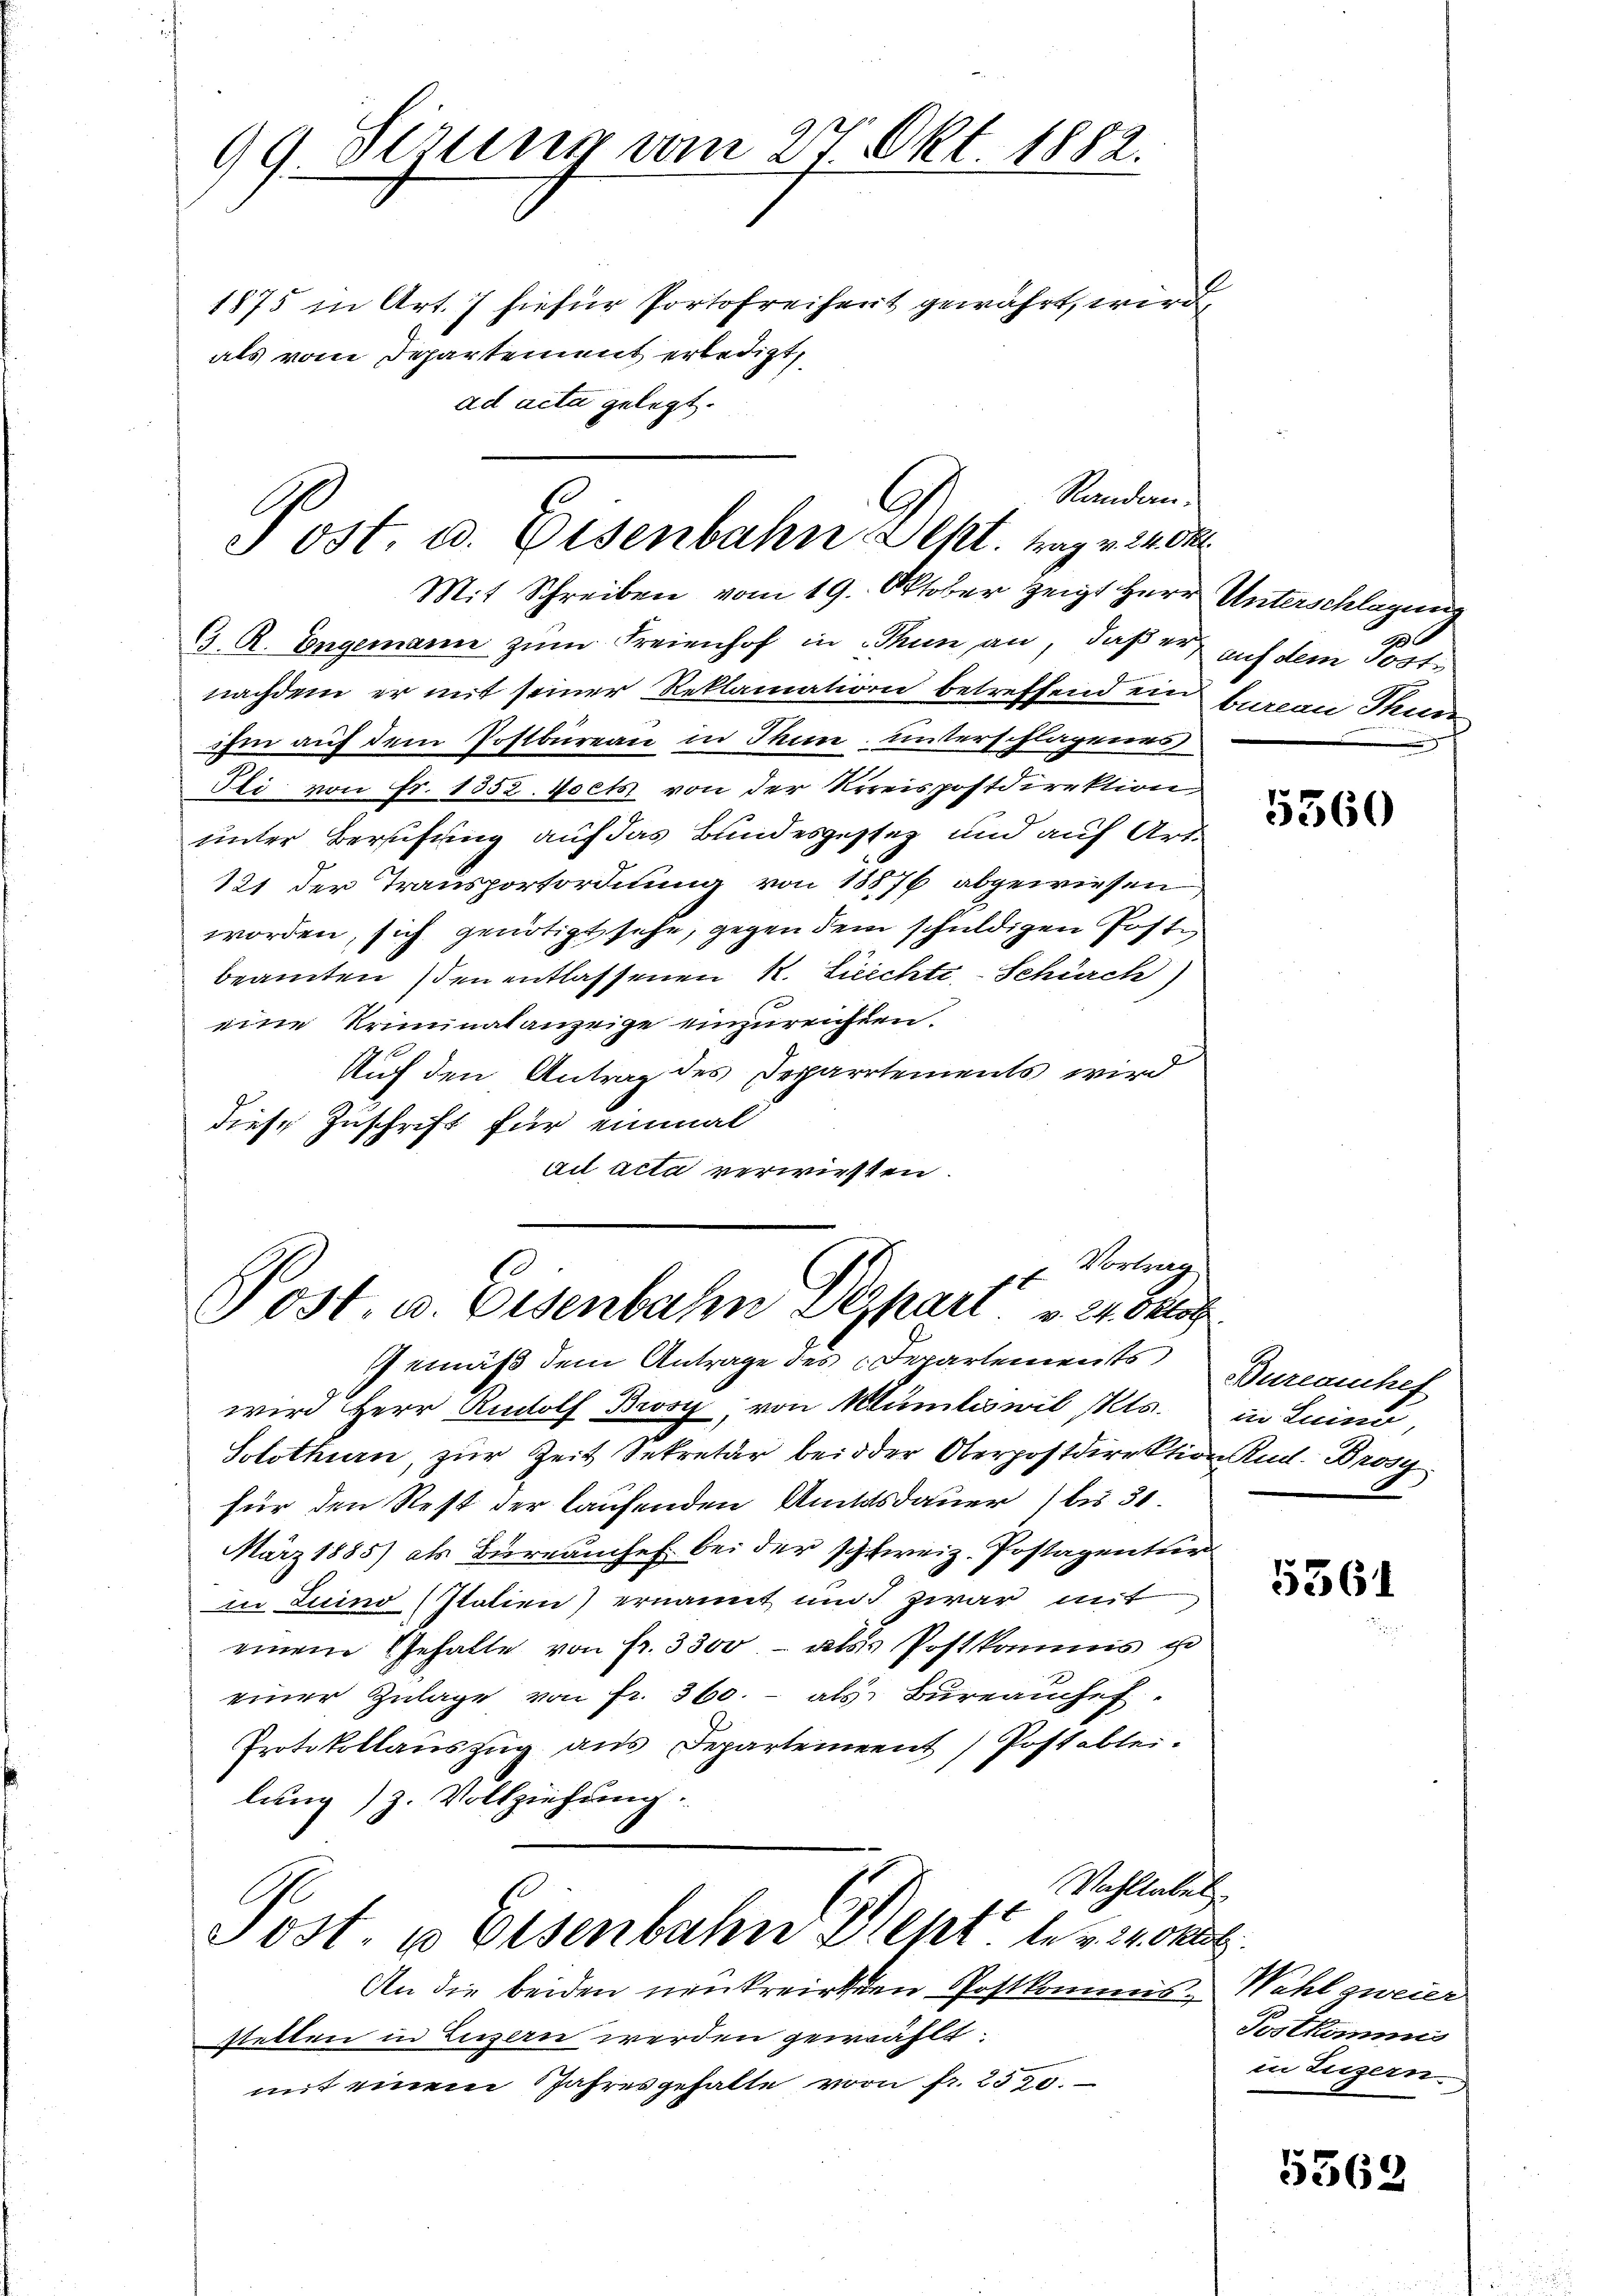
99 Stirung vom 27. Okt 1882.
1875 in Art. 7 hiefür Portofreiheit gewährt, wird,
als vom Departement erledigt,

Randan¬
C
Post. a. Eisenbahn Sept. tag v. 24 dk

x. Vortrag
.
Post. u. Eisenbahn Depart v. 24. Oktob

Mit Schreiben vom 19. Oktober zeigt Herr Unterschlagung
G. R. Engemann zum Freienhof in Thun an, daß er auf dem Postnachdem er mit seiner Reklamation betreffend ein Baron Thun
ihm auf dem Postbureau in Thun, unterschlagenes
Fli von Fr. 1352. Noch von der Kreispostdirektion,
unter Berufung auf das Bundesgestez und auf Art.
121 der Transportordnung von 18576 abgewiesen
worden, sich genötigt sehe, gegen dem schuldigen Postbeamten den entlassenen R. Ziechte, Schürch)
eine Kriminalanzeige einzureichten.
Auf den Antrag des Departements wird
diese Zuschrift für einmal
ai acta verwirsten

ad acta gelegt.

Gemäß dem Antrage des Departements Bureauchef
wird Herr Rudolf Brosy, von Klümleswil, Kts. in Luino,
Solothurn, zur Zeit Sekretär bei der Oberpostdirektion Rud. Brosy
für den Rest der laufenden Amtsdauer) bis 31.
März 1885) als Büreauchef bei der schweiz. Postagentur
in Luino (Italien) ernannt und zwar mit
einem Gehalte von fr. 3300.- als Postkamms u
einer Zŭlage von fr. 360.- als Büreaŭchef
Protokollauszug aus Departement) Postablei
lung) z. Vollziehung.
Vohllabel.
C
Sost. u Eisenbahn Weht der 24 Okt.
An die beiden neukreisten Postkommis-Wahl zweier
stetten in Luzern werden gewählt.
mit einem Jahresgehalte vom fr. 2390.

5360

5361

Postkommis
in Legern.

5562